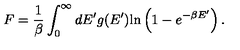
F = { \frac { 1 } { \beta } } \int _ { 0 } ^ { \infty } d E ^ { \prime } g ( E ^ { \prime } ) \mathrm { l n } \left( 1 - e ^ { - \beta E ^ { \prime } } \right) .